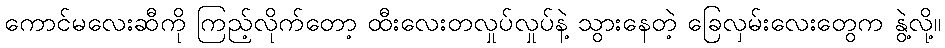
ကောင်မလေးဆီကို ကြည့်လိုက်တော့ ထီးလေးတလှုပ်လှုပ်နဲ့ သွားနေတဲ့ ခြေလှမ်းလေးတွေက နွဲ့လို့။